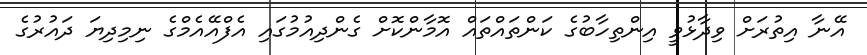
އޭނާ އިތުރަށް ވިދާޅުވީ އިންތިހާބުގެ ކަންތައްތައް އޮމާންކޮށް ގެންދިއުމުގައި އެފްއޭއެމްގެ ނިމިދިޔަ ދައުރުގެ